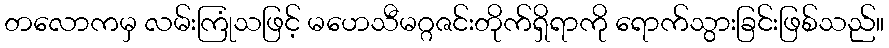
တလောကမှ လမ်းကြုံသဖြင့် မဟေသီမဂ္ဂဇင်းတိုက်ရှိရာကို ရောက်သွားခြင်းဖြစ်သည်။